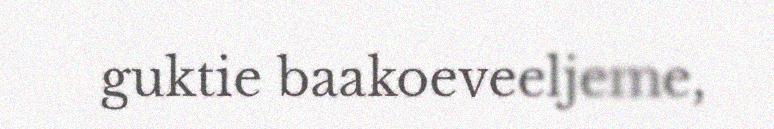
guktie baakoeveeljeme,